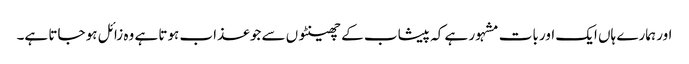
اور ہمارے ہاں ایک اور بات مشہور ہے کہ پیشاب کے چھینٹوں سے جو عذاب ہوتا ہے وہ زائل ہو جاتا ہے۔